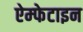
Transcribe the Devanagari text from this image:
ऐम्फेटाइन